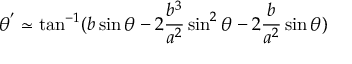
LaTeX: \theta ^ { ' } \simeq \tan ^ { - 1 } ( b \sin \theta - 2 \frac { b ^ { 3 } } { a ^ { 2 } } \sin ^ { 2 } \theta - 2 \frac { b } { a ^ { 2 } } \sin \theta )